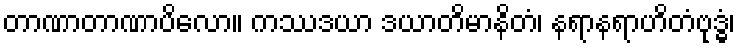
တာဏာတာဏာပိလော။ ကဿဒယာ ဒယာတိမာနိတံ၊ နရာနရာဟိတံဗုဒ္ဓံ၊